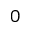
0